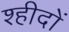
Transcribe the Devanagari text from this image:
श्हीदों